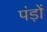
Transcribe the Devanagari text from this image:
पंड़ों